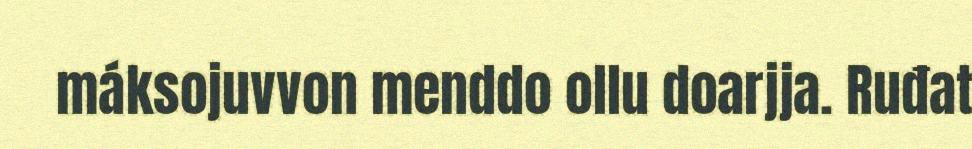
máksojuvvon menddo ollu doarjja. Ruđat